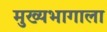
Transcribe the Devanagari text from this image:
मुख्यभागाला